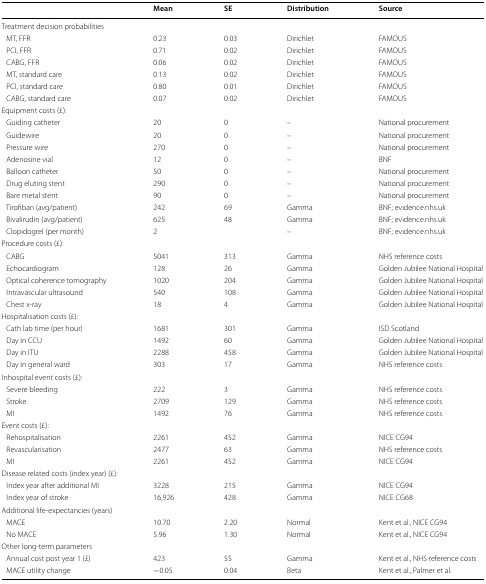
<table><thead><tr><td></td><td><b>Mean</b></td><td><b>SE</b></td><td><b>Distribution</b></td><td><b>Source</b></td></tr></thead><tbody><tr><td colspan="5">Treatment decision probabilities</td></tr><tr><td> MT, FFR</td><td>0.23</td><td>0.03</td><td>Dirichlet</td><td>FAMOUS</td></tr><tr><td> PCI, FFR</td><td>0.71</td><td>0.02</td><td>Dirichlet</td><td>FAMOUS</td></tr><tr><td> CABG, FFR</td><td>0.06</td><td>0.02</td><td>Dirichlet</td><td>FAMOUS</td></tr><tr><td> MT, standard care</td><td>0.13</td><td>0.02</td><td>Dirichlet</td><td>FAMOUS</td></tr><tr><td> PCI, standard care</td><td>0.80</td><td>0.01</td><td>Dirichlet</td><td>FAMOUS</td></tr><tr><td> CABG, standard care</td><td>0.07</td><td>0.02</td><td>Dirichlet</td><td>FAMOUS</td></tr><tr><td colspan="5">Equipment costs (£):</td></tr><tr><td> Guiding catheter</td><td>20</td><td>0</td><td>–</td><td>National procurement</td></tr><tr><td> Guidewire</td><td>20</td><td>0</td><td>–</td><td>National procurement</td></tr><tr><td> Pressure wire</td><td>270</td><td>0</td><td>–</td><td>National procurement</td></tr><tr><td> Adenosine vial</td><td>12</td><td>0</td><td>–</td><td>BNF</td></tr><tr><td> Balloon catheter</td><td>50</td><td>0</td><td>–</td><td>National procurement</td></tr><tr><td> Drug eluting stent</td><td>290</td><td>0</td><td>–</td><td>National procurement</td></tr><tr><td> Bare metal stent</td><td>90</td><td>0</td><td>–</td><td>National procurement</td></tr><tr><td> Tirofiban (avg/patient)</td><td>242</td><td>69</td><td>Gamma</td><td>BNF; evidence.nhs.uk</td></tr><tr><td> Bivalirudin (avg/patient)</td><td>625</td><td>48</td><td>Gamma</td><td>BNF; evidence.nhs.uk</td></tr><tr><td> Clopidogrel (per month)</td><td>2</td><td></td><td>–</td><td>BNF; evidence.nhs.uk</td></tr><tr><td colspan="5">Procedure costs (£):</td></tr><tr><td> CABG</td><td>5041</td><td>313</td><td>Gamma</td><td>NHS reference costs</td></tr><tr><td> Echocardiogram</td><td>128</td><td>26</td><td>Gamma</td><td>Golden Jubilee National Hospital</td></tr><tr><td> Optical coherence tomography</td><td>1020</td><td>204</td><td>Gamma</td><td>Golden Jubilee National Hospital</td></tr><tr><td> Intravascular ultrasound</td><td>540</td><td>108</td><td>Gamma</td><td>Golden Jubilee National Hospital</td></tr><tr><td> Chest x-ray</td><td>18</td><td>4</td><td>Gamma</td><td>Golden Jubilee National Hospital</td></tr><tr><td colspan="5">Hospitalisation costs (£):</td></tr><tr><td> Cath lab time (per hour)</td><td>1681</td><td>301</td><td>Gamma</td><td>ISD Scotland</td></tr><tr><td> Day in CCU</td><td>1492</td><td>60</td><td>Gamma</td><td>Golden Jubilee National Hospital</td></tr><tr><td> Day in ITU</td><td>2288</td><td>458</td><td>Gamma</td><td>Golden Jubilee National Hospital</td></tr><tr><td> Day in general ward</td><td>303</td><td>17</td><td>Gamma</td><td>NHS reference costs</td></tr><tr><td colspan="5">Inhospital event costs (£):</td></tr><tr><td> Severe bleeding</td><td>222</td><td>3</td><td>Gamma</td><td>NHS reference costs</td></tr><tr><td> Stroke</td><td>2709</td><td>129</td><td>Gamma</td><td>NHS reference costs</td></tr><tr><td> MI</td><td>1492</td><td>76</td><td>Gamma</td><td>NHS reference costs</td></tr><tr><td colspan="5">Event costs (£):</td></tr><tr><td> Rehospitalisation</td><td>2261</td><td>452</td><td>Gamma</td><td>NICE CG94</td></tr><tr><td> Revascularisation</td><td>2477</td><td>63</td><td>Gamma</td><td>NHS reference costs</td></tr><tr><td> MI</td><td>2261</td><td>452</td><td>Gamma</td><td>NICE CG94</td></tr><tr><td colspan="5">Disease related costs (index year) (£):</td></tr><tr><td> Index year after additional MI</td><td>3228</td><td>215</td><td>Gamma</td><td>NICE CG94</td></tr><tr><td> Index year of stroke</td><td>16,926</td><td>428</td><td>Gamma</td><td>NICE CG68</td></tr><tr><td colspan="5">Additional life-expectancies (years)</td></tr><tr><td> MACE</td><td>10.70</td><td>2.20</td><td>Normal</td><td>Kent et al., NICE CG94</td></tr><tr><td> No MACE</td><td>5.96</td><td>1.30</td><td>Normal</td><td>Kent et al., NICE CG94</td></tr><tr><td colspan="5">Other long-term parameters</td></tr><tr><td> Annual cost post year 1 (£)</td><td>423</td><td>55</td><td>Gamma</td><td>Kent et al., NHS reference costs</td></tr><tr><td> MACE utility change</td><td>−0.05</td><td>0.04</td><td>Beta</td><td>Kent et al., Palmer et al.</td></tr></tbody></table>